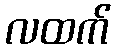
လထက်